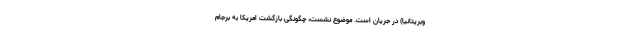
وبریتانیا) در جریان است. موضوع نشست، چگونگی بازگشت امریکا به برجام